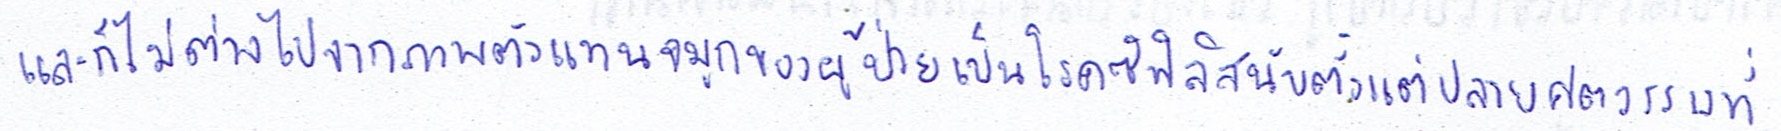
และก็ไม่ต่างไปจากภาพตัวแทนจมูกของผู้ป่วยเป็นโรคซิฟิลิสนับตั้งแต่ปลายศตวรรษที่